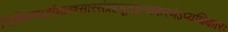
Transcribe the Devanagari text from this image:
निखिलषऽर्हाशास्त्रसारसंग्रहभूतग्रन्थकरणेऽप्यधिकारः